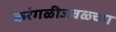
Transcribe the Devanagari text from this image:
करंगळीजवळच्या